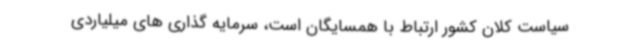
سیاست کلان کشور ارتباط با همسایگان است، سرمایه گذاری های میلیاردی